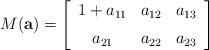
LaTeX: \begin{align*}M(\textbf{a})= \left[\begin {array}{cccc} 1+a_{11}&a_{12}&a_{13}\\ \noalign{\medskip}a_{21}&a_{22}&a_{23}\end {array} \right]\end{align*}